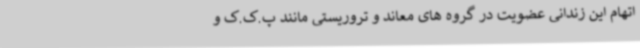
اتهام این زندانی عضویت در گروه های معاند و تروریستی مانند پ.ک.ک و